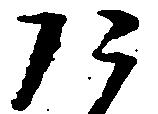
た